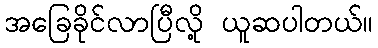
အခြေခိုင်လာပြီလို့ ယူဆပါတယ်။